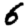
Digit: 6